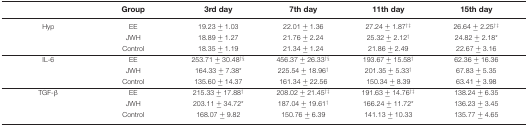
|  | Group | 3rd day | 7th day | 11th day | 15th day |
 | --- | --- | --- | --- | --- | --- |
 | Hyp | EE | 19.23 ± 1.03 | 22.01 ± 1.36 | 27.24 ± 1.87†‡ | 26.64 ± 2.25†‡ |
 |  | JWH | 18.89 ± 1.27 | 21.76 ± 2.24 | 25.32 ± 2.12† | 24.82 ± 2.18* |
 |  | Control | 18.35 ± 1.19 | 21.34 ± 1.24 | 21.86 ± 2.49 | 22.67 ± 3.16 |
 | IL-6 | EE | 253.71 ± 30.48†§ | 456.37 ± 26.33†§ | 193.67 ± 15.58† | 62.36 ± 16.36 |
 |  | JWH | 164.33 ± 7.38* | 225.54 ± 18.96† | 201.35 ± 5.33† | 67.83 ± 5.35 |
 |  | Control | 135.60 ± 14.37 | 161.34 ± 22.56 | 150.34 ± 8.39 | 63.41 ± 3.98 |
 | TGF-β | EE | 215.33 ± 17.88† | 208.02 ± 21.45†‡ | 191.63 ± 14.76†‡ | 138.24 ± 6.35 |
 |  | JWH | 203.11 ± 34.72* | 187.04 ± 19.61† | 166.24 ± 11.72* | 136.23 ± 3.45 |
 |  | Control | 168.07 ± 9.82 | 150.76 ± 6.39 | 141.13 ± 10.33 | 135.77 ± 4.65 |